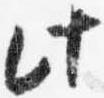
此